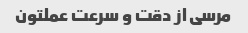
مرسی از دقت و سرعت عملتون